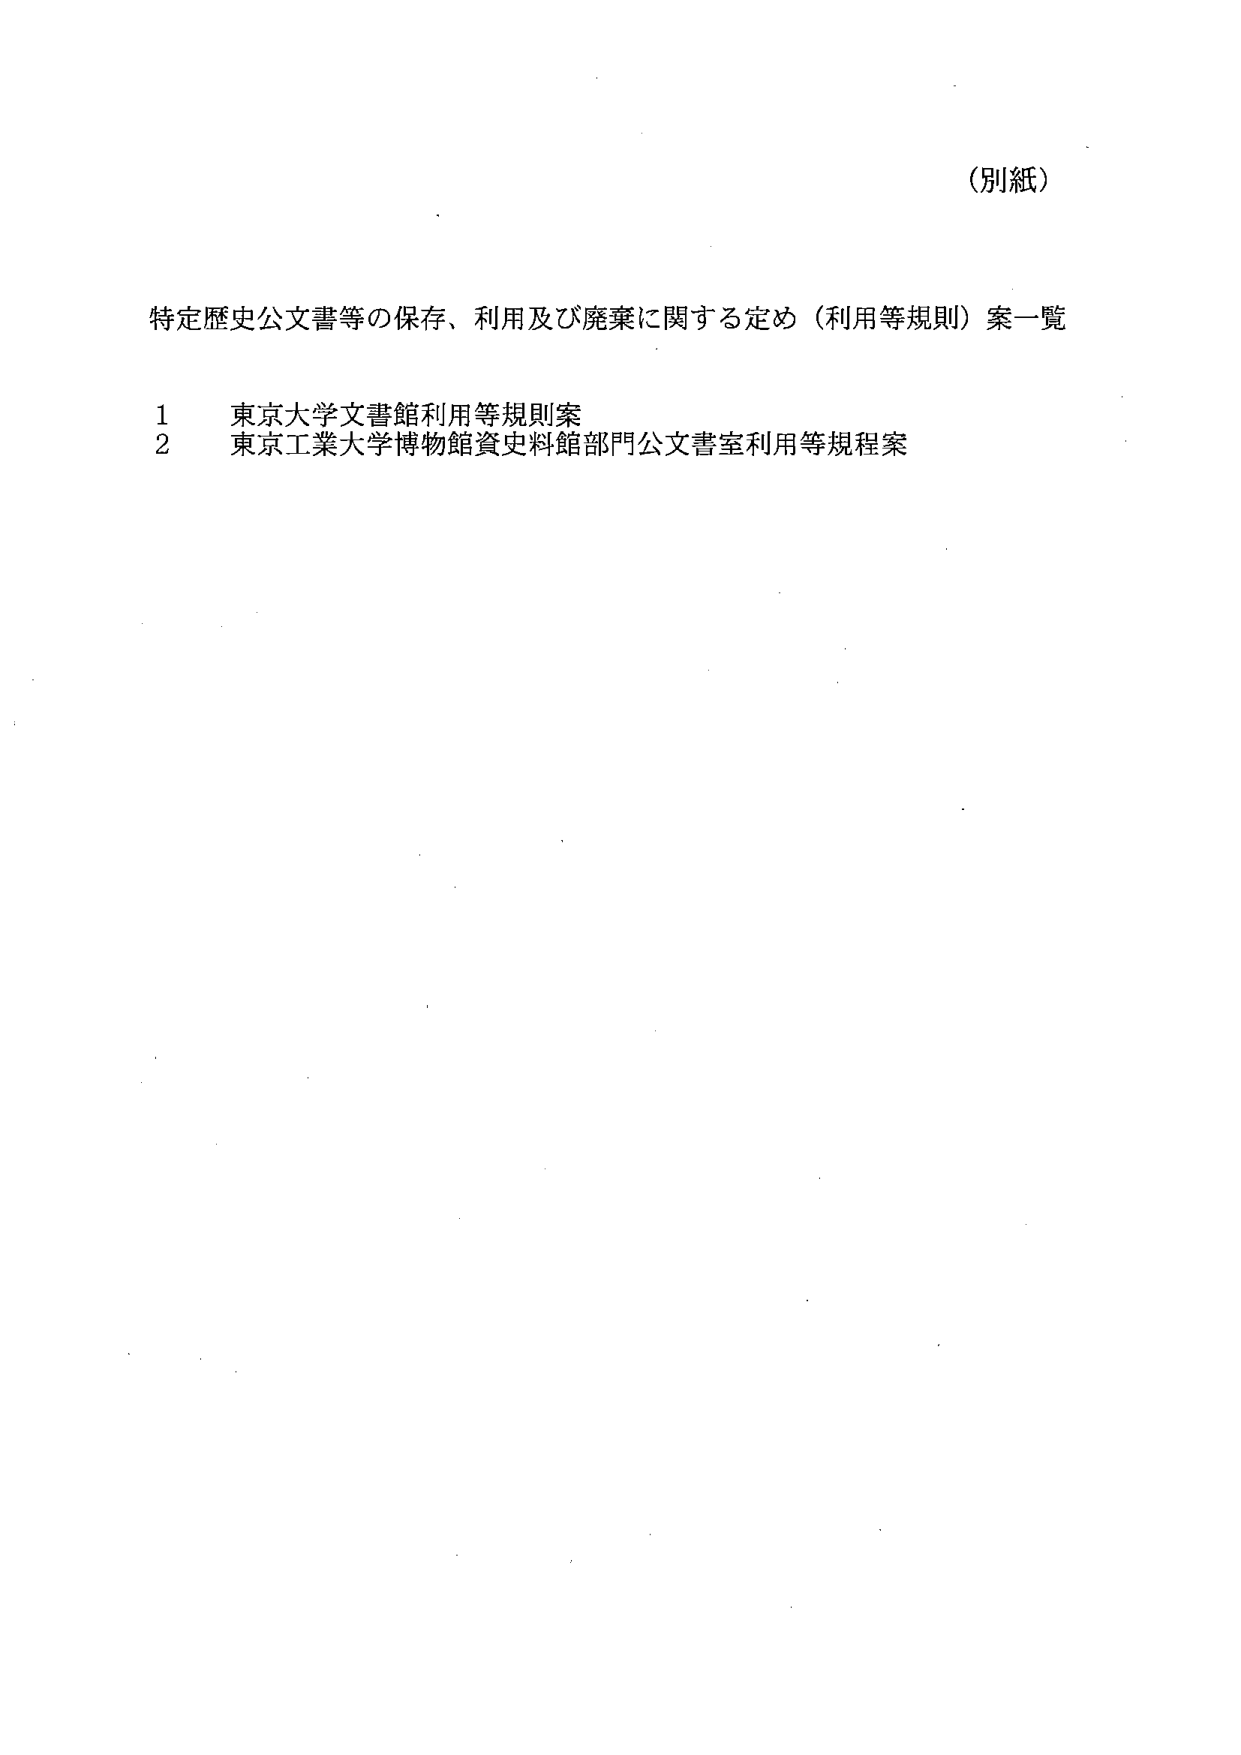
（別紙）

特定歴史公文書等の保存、利用及び廃棄に関する定め（利用等規則）案一覧

1 東京大学文書館利用等規則案
2 東京工業大学博物館資史料館部門公文書室利用等規程案